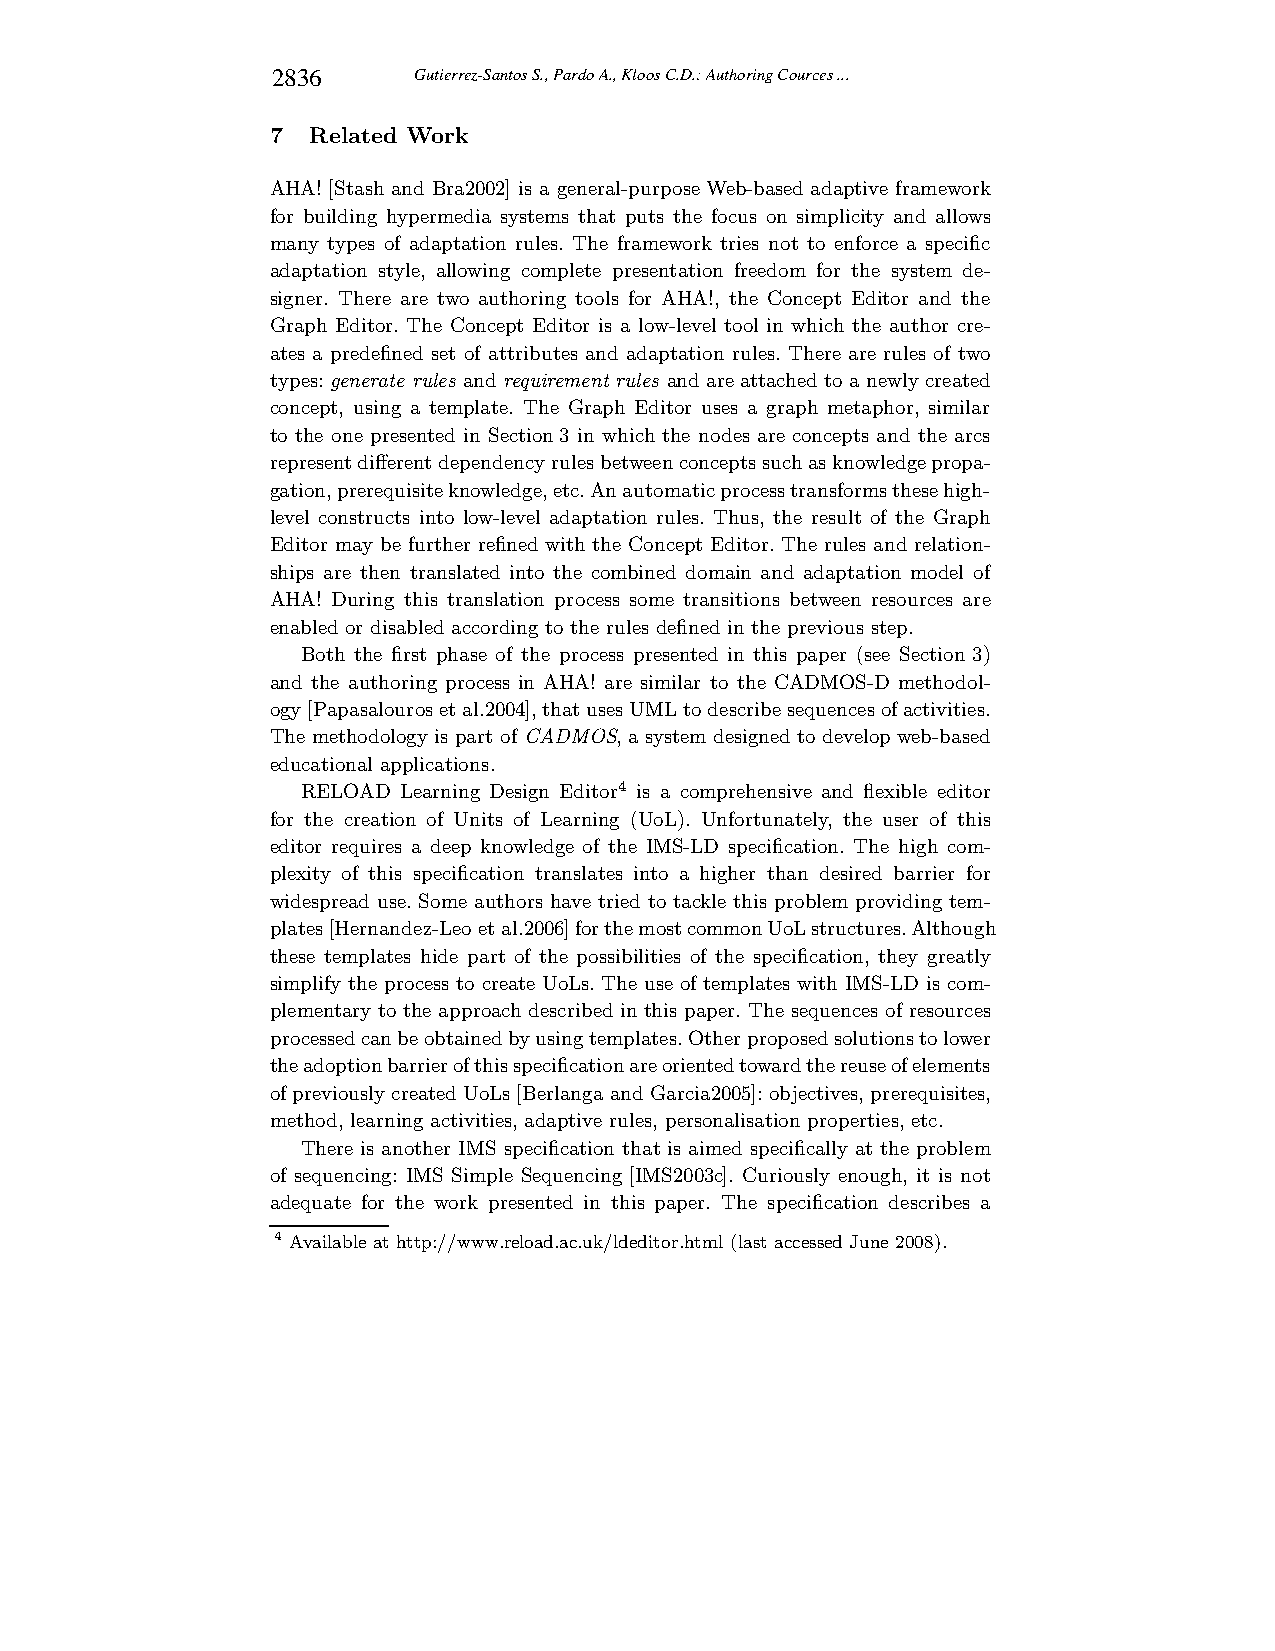
2836     Gutierrez-Santos S., Pardo A., Kloos C.D.: Authoring Cources ...
 7 Related Work
 AHA! [Stash and Bra2002] is a general-purpose Web-based adaptive framework
 for building hypermedia systems that puts the focus on simplicity and allows
 many types of adaptation rules. The framework tries not to enforce a specific
 adaptation style, allowing complete presentation freedom for the system de-
 signer. There are two authoring tools for AHA!, the Concept Editor and the
 Graph Editor. The Concept Editor is a low-level tool in which the author cre-
 ates a predefined set of attributes and adaptation rules. There are rules of two
 types:generate rules andrequirement rules andareattachedto a newly created
 concept, using a template. The Graph Editor uses a graph metaphor, similar
 to the one presented in Section3 in which the nodes are concepts and the arcs
 representdifferentdependencyrulesbetweenconceptssuchasknowledgepropa-
 gation,prerequisiteknowledge,etc.Anautomaticprocesstransformsthesehigh-
 level constructs into low-level adaptation rules. Thus, the result of the Graph
 Editor may be further refined with the Concept Editor. The rules and relation-
 ships are then translated into the combined domain and adaptation model of
 AHA! During this translation process some transitions between resources are
 enabled or disabled according to the rules defined in the previous step.
 Both the first phase of the process presented in this paper (see Section3)
 and the authoring process in AHA! are similar to the CADMOS-D methodol-
 ogy[Papasalourosetal.2004],thatusesUMLtodescribesequencesofactivities.
 The methodology is part of CADMOS, a system designed to developweb-based
 educational applications.
 RELOAD Learning Design Editor4 is a comprehensive and flexible editor
 for the creation of Units of Learning (UoL). Unfortunately, the user of this
 editor requires a deep knowledge of the IMS-LD specification. The high com-
 plexity of this specification translates into a higher than desired barrier for
 widespread use. Some authors have tried to tackle this problem providing tem-
 plates [Hernandez-Leo etal.2006]forthemostcommonUoLstructures.Although
 these templates hide part of the possibilities of the specification, they greatly
 simplify the process to create UoLs. The use of templates with IMS-LD is com-
 plementary to the approachdescribed in this paper. The sequences of resources
 processedcanbeobtainedbyusingtemplates.Otherproposedsolutionstolower
 theadoptionbarrierofthisspecificationareorientedtowardthereuseofelements
 ofpreviouslycreatedUoLs[Berlanga and Garcia2005]:objectives,prerequisites,
 method, learning activities, adaptive rules, personalisation properties, etc.
 There is another IMS specification that is aimed specifically at the problem
 of sequencing: IMS Simple Sequencing [IMS2003c]. Curiously enough, it is not
 adequate for the work presented in this paper. The specification describes a
 4 Available at http://www.reload.ac.uk/ldeditor.html (last accessed June2008).